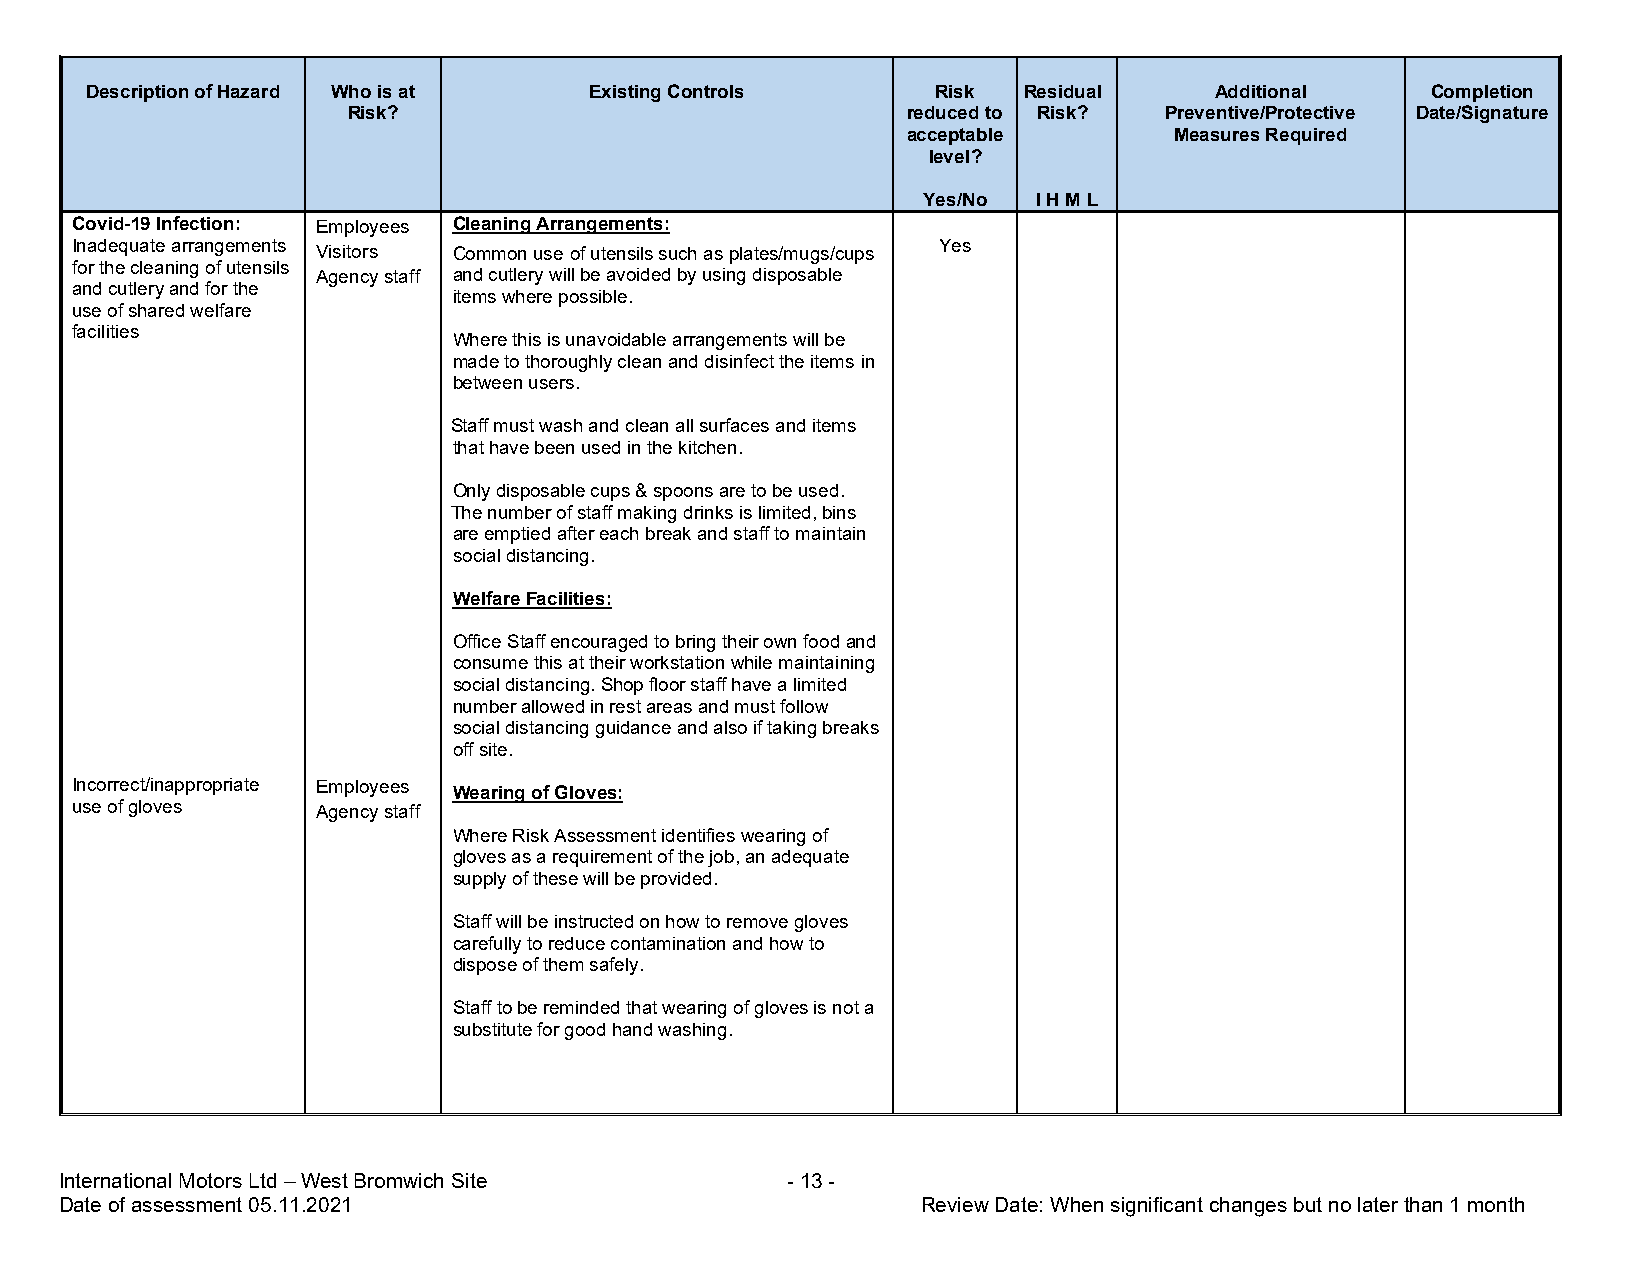
Description of Hazard Who is at  Existing Controls      Risk  Residual    Additional     Completion
 Risk?                                reduced to Risk? Preventive/Protective Date/Signature
 acceptable        Measures Required
 level?
 Yes/No  I H M L
 Covid-19 Infection: Employees Cleaning Arrangements:
 Inadequate arrangements Visitors Common use of utensils such as plates/mugs/cups Yes
 for the cleaning of utensils
 Agency staff and cutlery will be avoided by using disposable
 and cutlery and for the
 items where possible.
 use of shared welfare
 facilities
 Where this is unavoidable arrangements will be
 made to thoroughly clean and disinfect the items in
 between users.
 Staff must wash and clean all surfaces and items
 that have been used in the kitchen.
 Only disposable cups & spoons are to be used.
 The number of staff making drinks is limited, bins
 are emptied after each break and staff to maintain
 social distancing.
 Welfare Facilities:
 Office Staff encouraged to bring their own food and
 consume this at their workstation while maintaining
 social distancing. Shop floor staff have a limited
 number allowed in rest areas and must follow
 social distancing guidance and also if taking breaks
 off site.
 Incorrect/inappropriate Employees
 Wearing of Gloves:
 use of gloves   Agency staff
 Where Risk Assessment identifies wearing of
 gloves as a requirement of the job, an adequate
 supply of these will be provided.
 Staff will be instructed on how to remove gloves
 carefully to reduce contamination and how to
 dispose of them safely.
 Staff to be reminded that wearing of gloves is not a
 substitute for good hand washing.
 International Motors Ltd – West Bromwich Site   - 13 -
 Date of assessment 05.11.2021                            Review Date: When significant changes but no later than 1 month